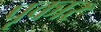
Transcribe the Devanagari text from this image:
पृकार